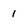
Character: 1